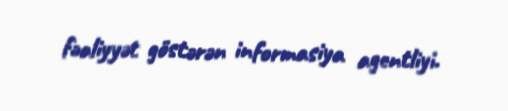
fəaliyyət göstərən informasiya agentliyi.